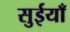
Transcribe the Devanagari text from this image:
सुईयाँ